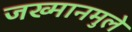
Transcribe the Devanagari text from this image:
जख्मानमुले